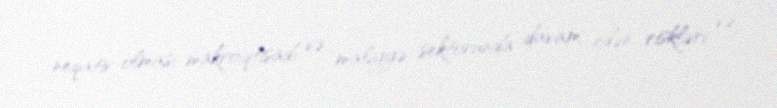
neqativ olması makroiqtisadi və maliyyə sektorunda davam edən riskləri və